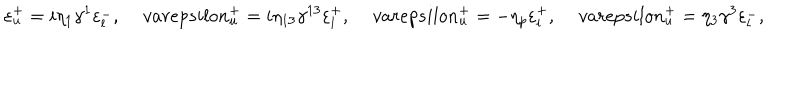
\varepsilon _ { u } ^ { + } = i \eta _ { 1 } \gamma ^ { 1 } \varepsilon _ { l } ^ { - } , \, v a r e p s i l o n _ { u } ^ { + } = i \eta _ { 1 3 } \gamma ^ { 1 3 } \varepsilon _ { l } ^ { + } , \, v a r e p s i l o n _ { u } ^ { + } = - \eta _ { p } \varepsilon _ { l } ^ { + } , \, v a r e p s i l o n _ { u } ^ { + } = \eta _ { 3 } \gamma ^ { 3 } \varepsilon _ { l } ^ { - } ,